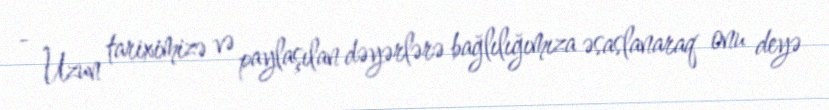
- Uzun tariximizə və paylaşılan dəyərlərə bağlılığımıza əsaslanaraq onu deyə